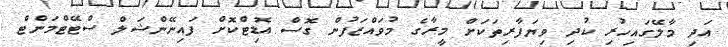
އަދި މާލޭގައިހުރި ކުދި ވިޔަފާރިތަކަށް މީރާގެ މުވައްޒަފުން ގޮސް އޮޑިޓްކޮށް ފައިނޭންޝަލް ސްޓޭޓްމަންޓް